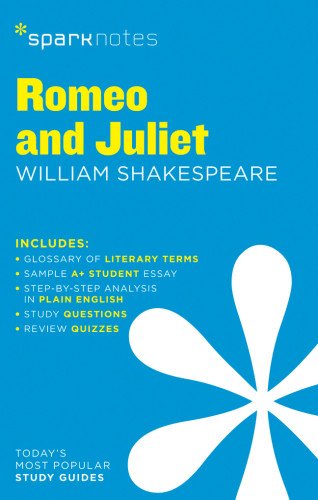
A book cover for Romeo and Juliet SparkNotes Literature Guide (SparkNotes Literature Guide Series); SparkNotes; Literature & Fiction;